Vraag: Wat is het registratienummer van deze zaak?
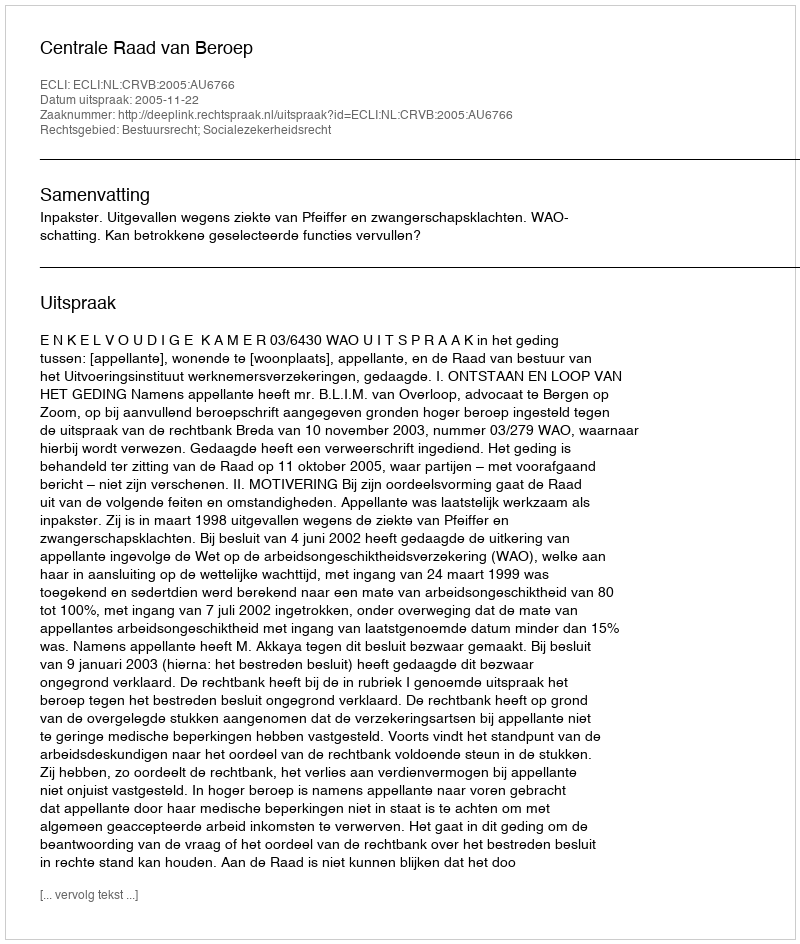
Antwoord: http://deeplink.rechtspraak.nl/uitspraak?id=ECLI:NL:CRVB:2005:AU6766